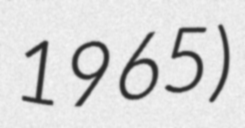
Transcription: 1965)